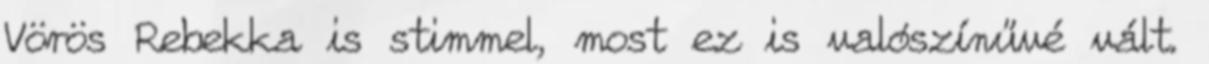
Vörös Rebekka is stimmel, most ez is valószínűvé vált.